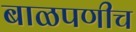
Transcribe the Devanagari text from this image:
बाळपणीच